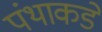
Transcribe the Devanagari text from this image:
पंथाकडे